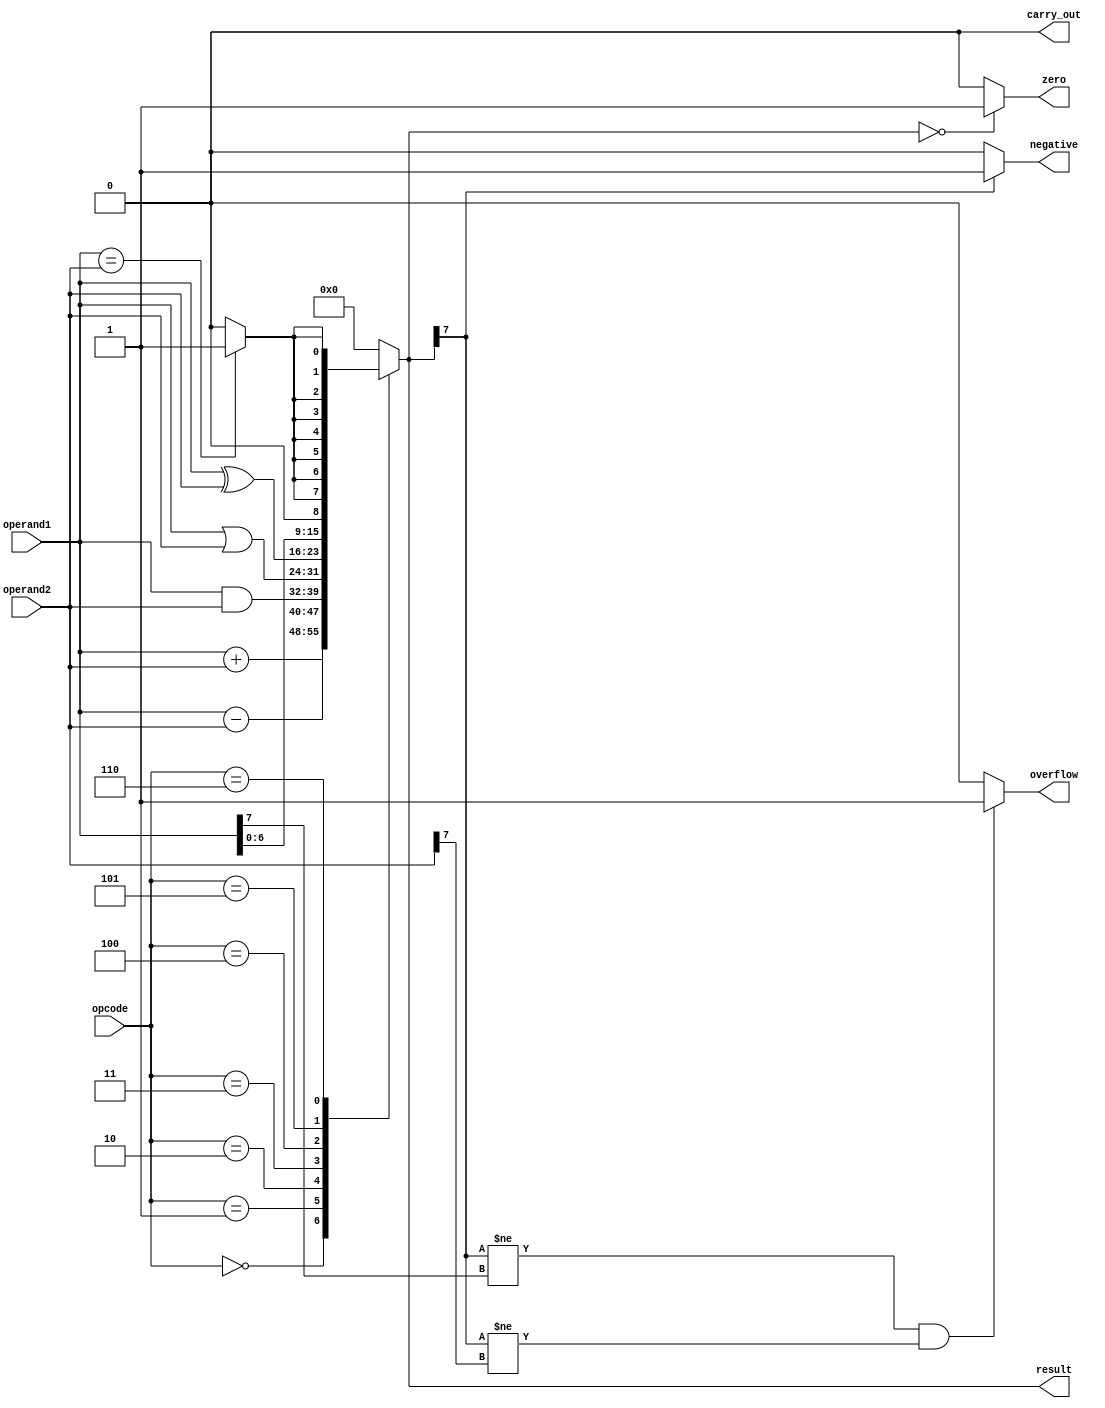
module ALU(
    input [7:0] operand1,
    input [7:0] operand2,
    input [2:0] opcode,
    output reg [7:0] result,
    output reg carry_out,
    output reg overflow,
    output reg zero,
    output reg negative
);

reg [7:0] addition_result;
reg [7:0] subtraction_result;
reg [7:0] and_result;
reg [7:0] or_result;
reg [7:0] xor_result;
reg [7:0] shift_result;
reg comparison_result;

always @(*)
begin
    case(opcode)
        3'b000: begin // Addition
            addition_result = operand1 + operand2;
            result = addition_result;
        end
        3'b001: begin // Subtraction
            subtraction_result = operand1 - operand2;
            result = subtraction_result;
        end
        3'b010: begin // AND
            and_result = operand1 & operand2;
            result = and_result;
        end
        3'b011: begin // OR
            or_result = operand1 | operand2;
            result = or_result;
        end
        3'b100: begin // XOR
            xor_result = operand1 ^ operand2;
            result = xor_result;
        end
        3'b101: begin // Shift
            shift_result = operand1 << 1; // Example: Left shift
            result = shift_result;
        end
        3'b110: begin // Comparison
            if(operand1 == operand2)
                comparison_result = 1;
            else
                comparison_result = 0;
            result = {8{comparison_result}};
        end
        default: begin
            result = 8'b0;
        end
    endcase
    
    carry_out = (result[8] == 1) ? 1 : 0;
    overflow = (result[7] != operand1[7] && result[7] != operand2[7]) ? 1 : 0;
    zero = (result == 8'b0) ? 1 : 0;
    negative = (result[7] == 1) ? 1 : 0;
end

endmodule